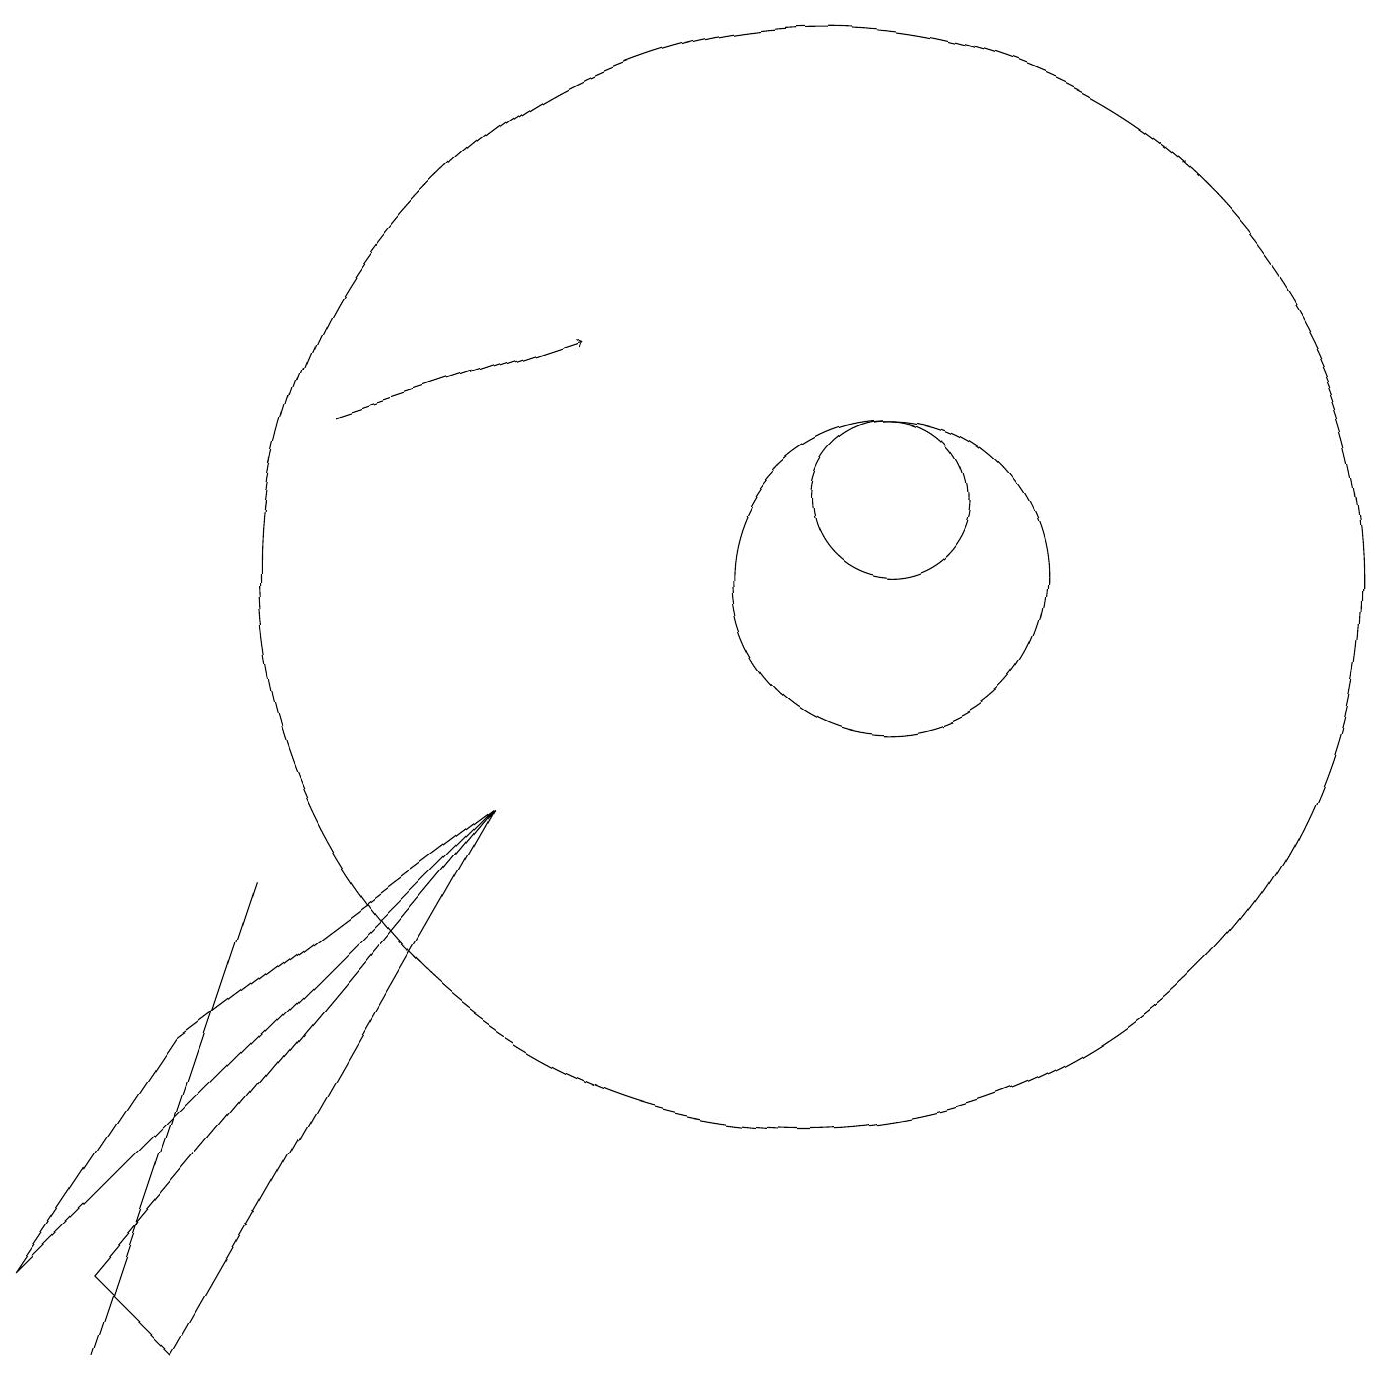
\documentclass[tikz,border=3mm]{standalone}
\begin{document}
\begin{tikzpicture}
\draw (10,11) circle (7);
\draw (2,5) -- (6,8) -- (0,2) -- cycle;
\draw (11,11) circle (2);
\draw (11,12) circle (1);
\draw (2,4) -- (3,7) -- (1,1) -- cycle;
\draw[->] (4,13) -- (7,14);
\draw (2,1) -- (6,8) -- (1,2) -- cycle;
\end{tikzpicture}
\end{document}